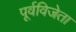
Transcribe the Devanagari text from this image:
पूर्वविजेता